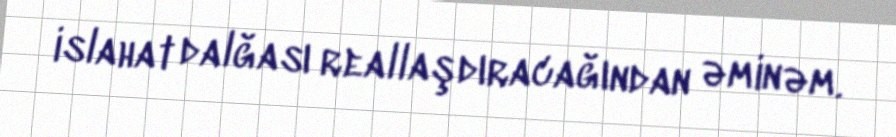
islahat dalğası reallaşdıracağından əminəm.